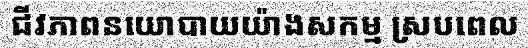
ជីវភាពនយោបាយយ៉ាងសកម្ម ស្របពេល